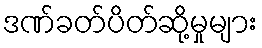
ဒဏ်ခတ်ပိတ်ဆို့မှုများ